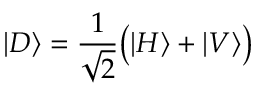
| D \rangle = { \frac { 1 } { \sqrt { 2 } } } { \big ( } | H \rangle + | V \rangle { \big ) }